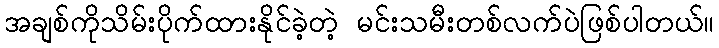
အချစ်ကိုသိမ်းပိုက်ထားနိုင်ခဲ့တဲ့ မင်းသမီးတစ်လက်ပဲဖြစ်ပါတယ်။